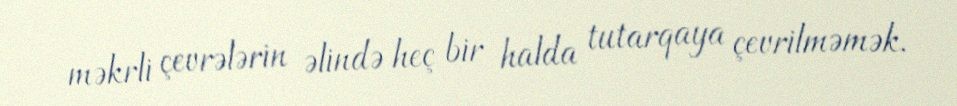
məkrli çevrələrin əlində heç bir halda tutarqaya çevrilməmək.